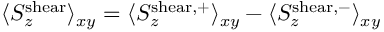
\begin{array} { r } { \langle S _ { z } ^ { \mathrm { s h e a r } } \rangle _ { x y } = \langle S _ { z } ^ { \mathrm { s h e a r , + } } \rangle _ { x y } - \langle S _ { z } ^ { \mathrm { s h e a r , - } } \rangle _ { x y } } \end{array}